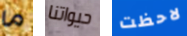
ما حيواتنا لاحظت